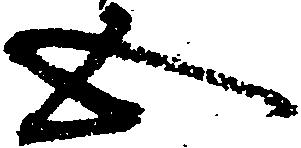
五